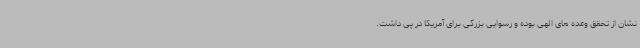
نشان از تحقق وعده های الهی بوده و رسوایی بزرگی برای آمریکا در پی داشت.